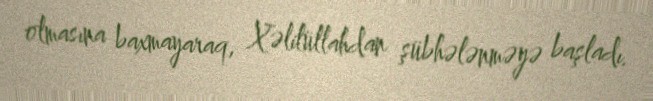
olmasına baxmayaraq, Xəlilüllahdan şübhələnməyə başladı.